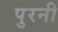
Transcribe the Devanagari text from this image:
पुरनी